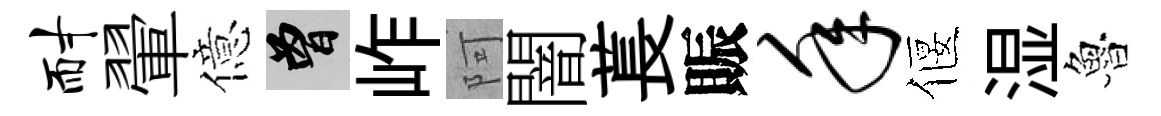
耐翬億曾岞阿闇萇賑年偃湿魯